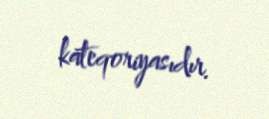
kateqoriyasıdır.